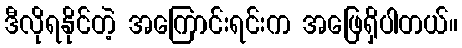
ဒီလိုရနိုင်တဲ့ အကြောင်းရင်းက အဖြေရှိပါတယ်။